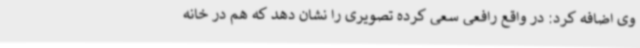
وی اضافه کرد: در واقع رافعی سعی کرده تصویری را نشان دهد که هم در خانه